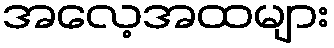
အလေ့အထများ